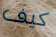
كيف